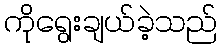
ကိုရွေးချယ်ခဲ့သည်